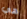
هي